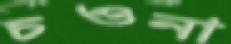
চওনা